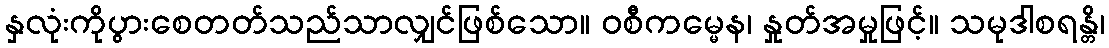
နှလုံးကိုပွားစေတတ်သည်သာလျှင်ဖြစ်သော။ ဝစီကမ္မေန၊ နှုတ်အမှုဖြင့်။ သမုဒါစရန္တိ၊